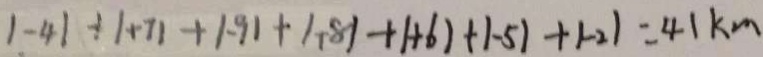
1 - 4 1 + 1 + 7 1 + 1 . 9 1 + 1 . 8 1 + 1 + 6 1 + 1 - 5 1 + 1 - 2 1 = 4 1 k m